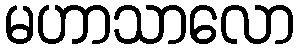
မဟာသာလော